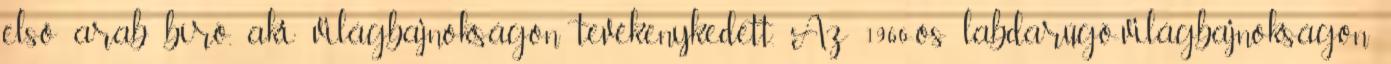
első arab bíró, aki világbajnokságon tevékenykedett. Az 1966-os labdarúgó-világbajnokságon